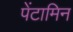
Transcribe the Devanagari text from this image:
पेंटामिन